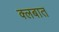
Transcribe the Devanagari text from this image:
क्‍लबात